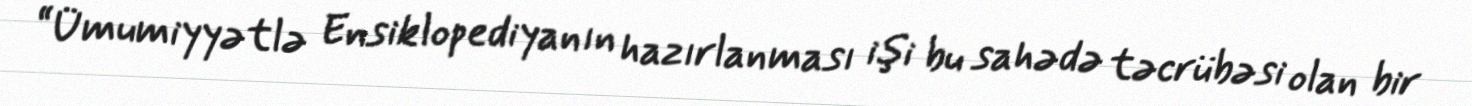
“Ümumiyyətlə Ensiklopediyanın hazırlanması işi bu sahədə təcrübəsi olan bir